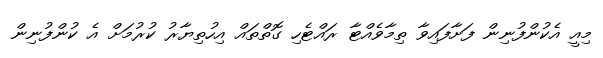
މިއީ އެކުންފުނިން ފަށާފައިވާ ތިމާވެއްޓާ ރައްޓެހި ގޮތްތައް އިހުތިޔާރު ކުރުމަށް އެ ކުންފުނިން